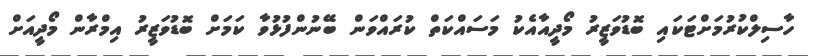
ހާސިލްކުރުމަށްޓަކައި ބޮޑުވަޒީރު މޯދީއާއެކު މަސައްކަތް ކުރައްވަން ބޭނުންފުޅުވާ ކަމަށް ބޮޑުވަޒީރު އިމްރާން މޯދީއަށް